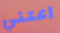
اعتني